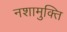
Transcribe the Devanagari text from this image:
नशामुक्ति